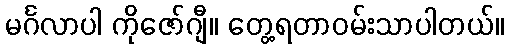
မင်္ဂလာပါ ကိုဇော်ဂျီ။ တွေ့ရတာဝမ်းသာပါတယ်။